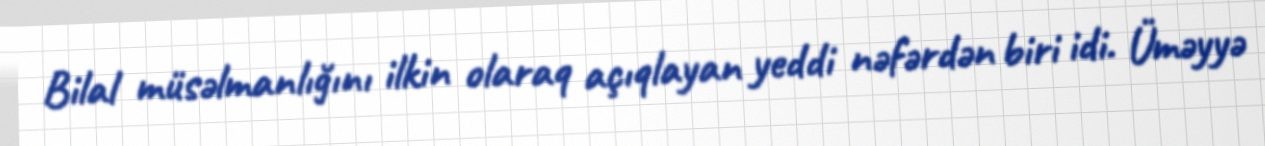
Bilal müsəlmanlığını ilkin olaraq açıqlayan yeddi nəfərdən biri idi. Üməyyə